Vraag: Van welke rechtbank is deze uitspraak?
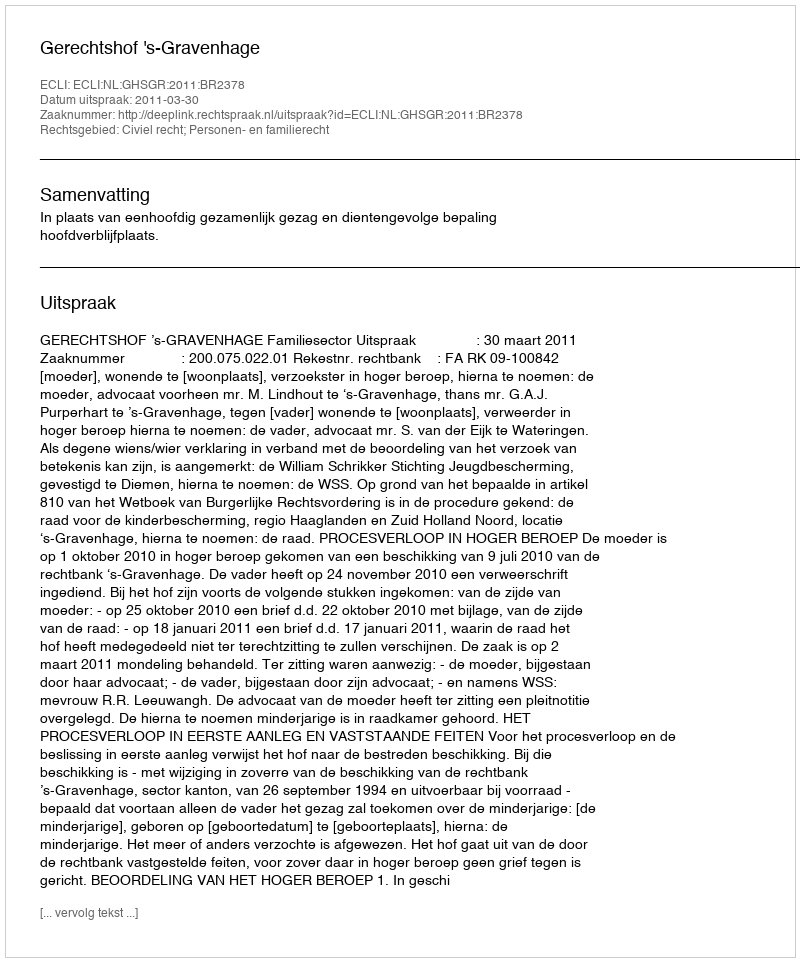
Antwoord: Gerechtshof 's-Gravenhage